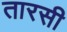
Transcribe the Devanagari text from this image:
तारसी